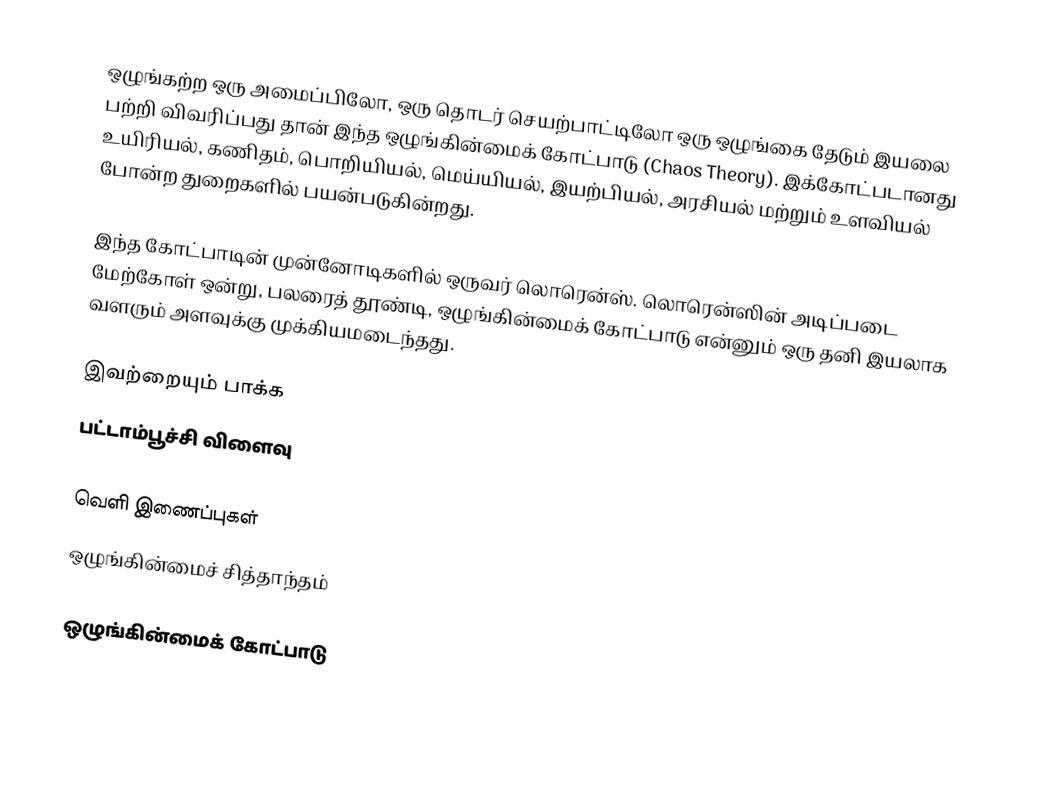
ஒழுங்கற்ற ஒரு அமைப்பிலோ, ஒரு தொடர் செயற்பாட்டிலோ ஒரு ஒழுங்கை தேடும் இயலை பற்றி விவரிப்பது தான் இந்த ஒழுங்கின்மைக் கோட்பாடு (Chaos Theory). இக்கோட்படானது உயிரியல், கணிதம், பொறியியல், மெய்யியல், இயற்பியல், அரசியல் மற்றும் உளவியல் போன்ற துறைகளில் பயன்படுகின்றது.

இந்த கோட்பாடின் முன்னோடிகளில் ஒருவர் லொரென்ஸ். லொரென்ஸின் அடிப்படை மேற்கோள் ஒன்று, பலரைத் தூண்டி, ஒழுங்கின்மைக் கோட்பாடு என்னும் ஒரு தனி இயலாக வளரும் அளவுக்கு முக்கியமடைந்தது.

இவற்றையும் பாக்க
 பட்டாம்பூச்சி விளைவு

வெளி இணைப்புகள்
 ஒழுங்கின்மைச் சித்தாந்தம்

ஒழுங்கின்மைக் கோட்பாடு